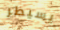
يسيطر